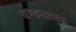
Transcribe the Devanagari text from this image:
खण्डनात्मक